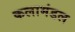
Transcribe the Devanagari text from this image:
कलामंडल